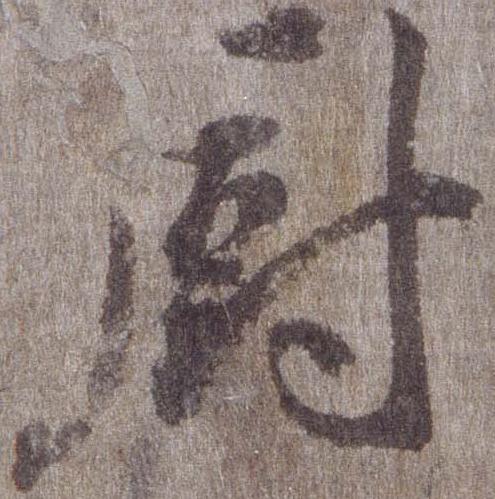
厨